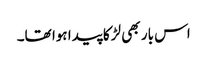
اس بار بھی لڑکا پیدا ہوا تھا۔